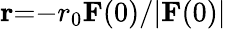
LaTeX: \mathbf{r}{=}{-}r_{0}\mathbf{F}(0)/|\mathbf{F}(0)|